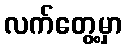
လက်တွေ့မှာ